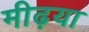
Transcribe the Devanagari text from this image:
मीढ़या